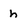
Character: h